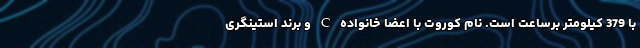
با 379 کیلومتر برساعت است. نام کوروت با اعضا خانواده C و برند استینگری